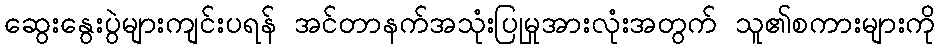
ဆွေးနွေးပွဲများကျင်းပရန် အင်တာနက်အသုံးပြုမှုအားလုံးအတွက် သူ၏စကားများကို